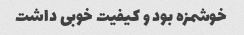
خوشمزه بود و کیفیت خوبی داشت